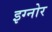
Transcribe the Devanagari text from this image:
इग्नोर